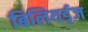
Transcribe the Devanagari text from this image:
बिलियर्ड्‌ज